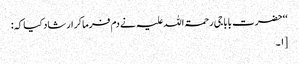
‘‘ حضرت بابا جی رحمۃ اللہ علیہ نے دم فرماکر ارشاد کیا کہ:
[۱۔